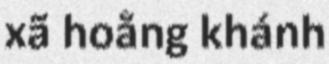
xã hoằng khánh